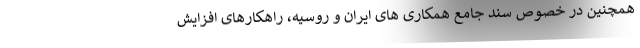
همچنین در خصوص سند جامع همکاری های ایران و روسیه، راهکارهای افزایش